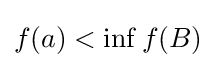
f(a)<\inf f(B)